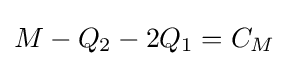
M-Q_{2}-2Q_{1}=C_{M}